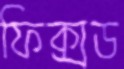
ফিক্সড